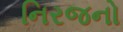
નિરજનો